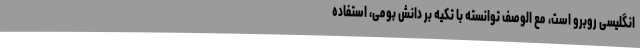
انگلیسی روبرو است، مع الوصف توانسته با تکیه بر دانش بومی، استفاده